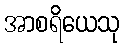
အာစရိယေသု